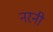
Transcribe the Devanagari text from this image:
नरनी